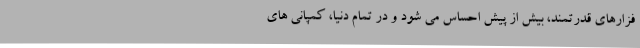
فزارهای قدرتمند، بیش از پیش احساس می شود و در تمام دنیا، کمپانی های